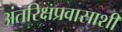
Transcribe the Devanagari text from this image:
अंतरिक्षप्रवासाशी